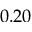
0 . 2 0